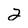
Character: 2